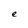
Character: e